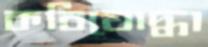
কবিযোদ্ধা